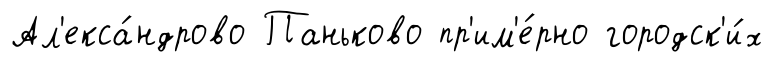
Ал'екса́ндрово Паньково пр'им'е́рно городск'и́х